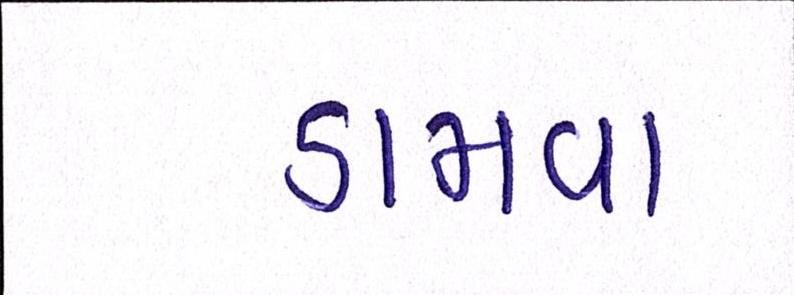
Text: ડામવા